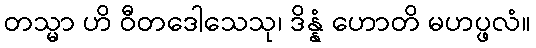
တသ္မာ ဟိ ဝီတဒေါသေသု၊ ဒိန္နံ ဟောတိ မဟပ္ဖလံ။